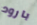
بارود